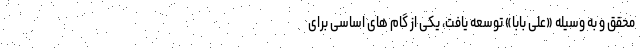
محقق و به وسیله «علی بابا» توسعه یافت، یکی از گام های اساسی برای